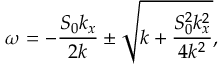
\omega = - \frac { S _ { 0 } k _ { x } } { 2 k } \pm \sqrt { k + \frac { S _ { 0 } ^ { 2 } k _ { x } ^ { 2 } } { 4 k ^ { 2 } } } ,